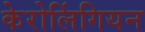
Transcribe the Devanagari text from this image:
केरोलिंगियन